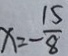
x = - \frac { 1 5 } { 8 }